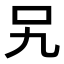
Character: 𭆸